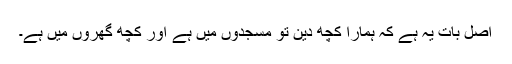
اصل بات یہ ہے کہ ہمارا کچھ دین تو مسجدوں میں ہے اور کچھ گھروں میں ہے۔